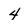
Character: 4